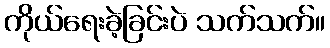
ကိုယ်ရေးခဲ့ခြင်းပဲ သက်သက်။